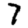
Digit: 7